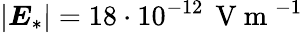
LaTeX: \left|\boldsymbol E_{*}\right|=18\cdot 10^{-12}\, \mathrm{~V~m~}^{-1}